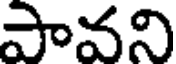
పావని